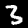
Label: 3